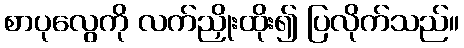
စာပုလွေကို လက်ညှိုးထိုး၍ ပြလိုက်သည်။